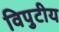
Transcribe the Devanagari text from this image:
विपुटीय